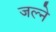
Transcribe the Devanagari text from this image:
जल्ने